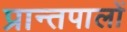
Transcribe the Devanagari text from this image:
प्रान्तपालों